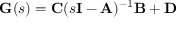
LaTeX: \mathbf { G } ( s ) = \mathbf { C } ( s \mathbf { I } - \mathbf { A } ) ^ { - 1 } \mathbf { B } + \mathbf { D }